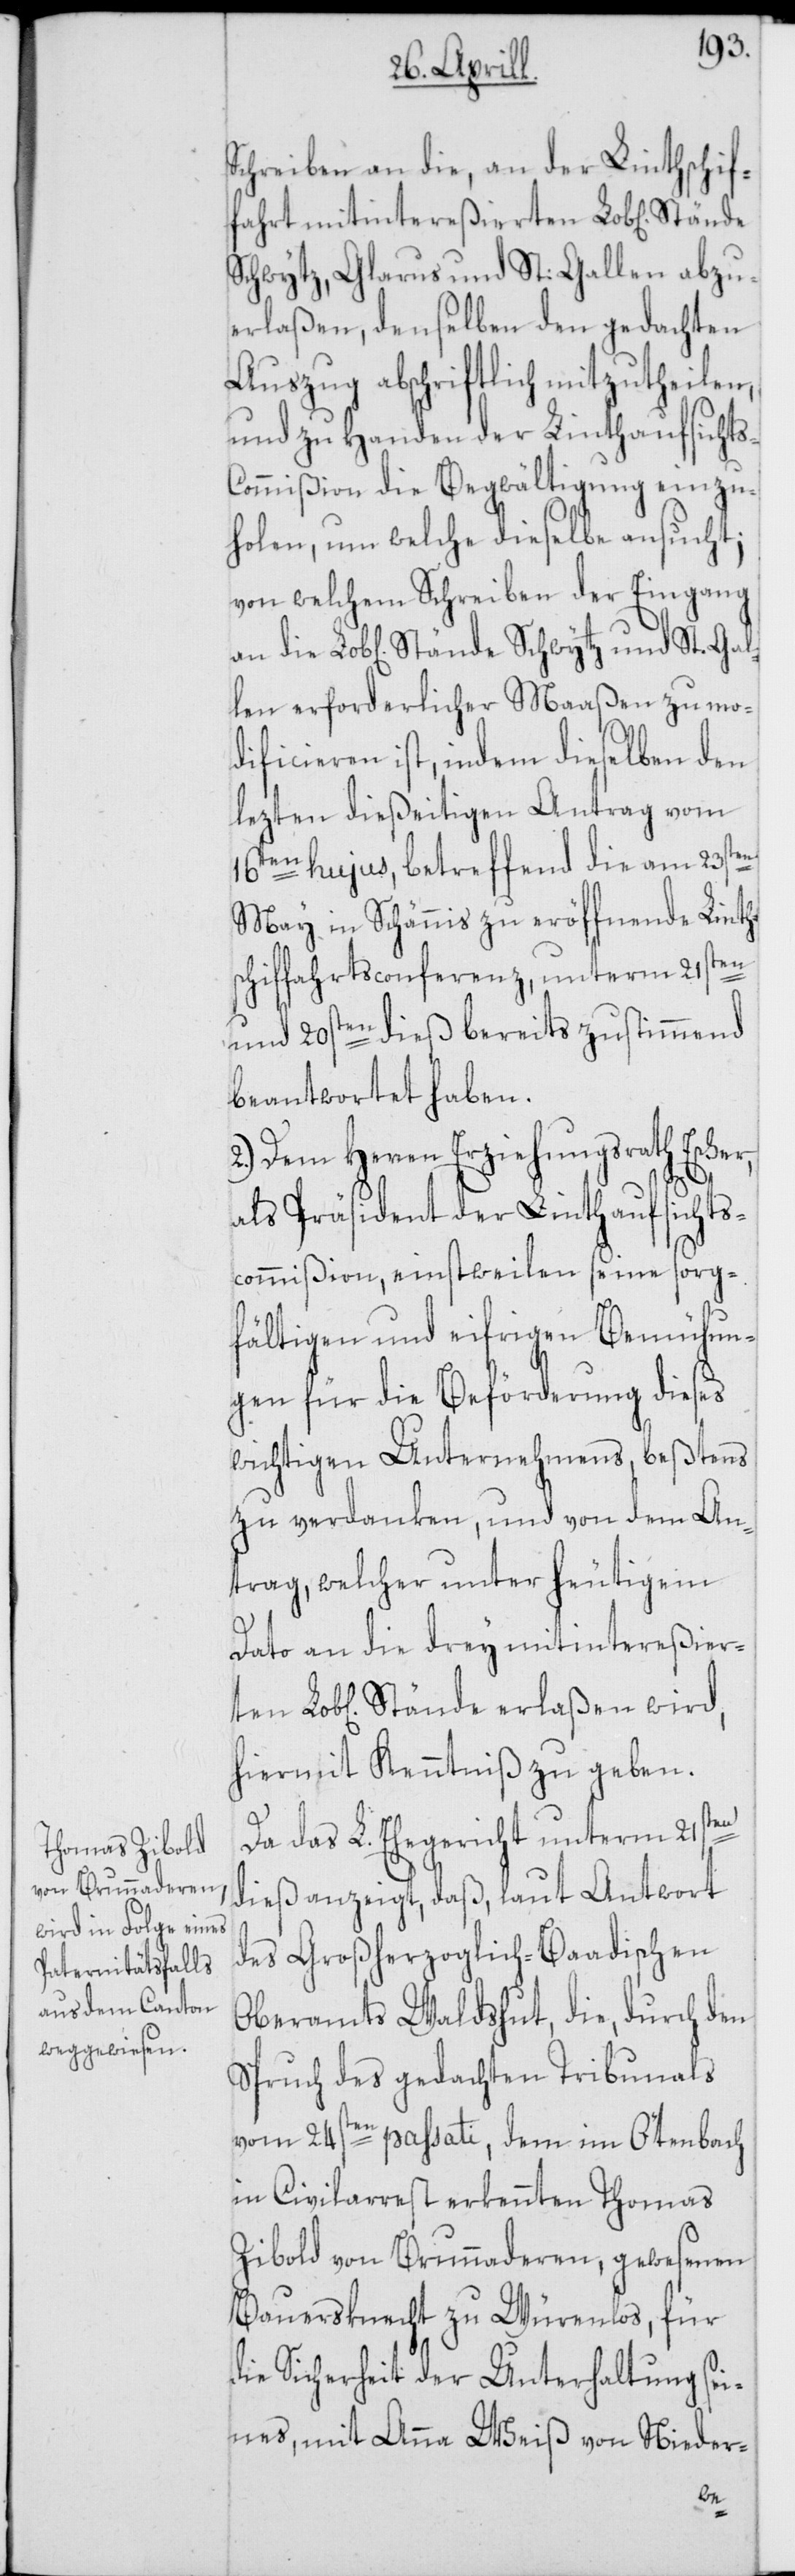
Schreiben an die, an der Linthschif¬
fahrt mitintereßierten Lob[lichen]
Schwytz, Glarus und St. Gallen abzu¬
erlaßen, denselben den gedachten
Auszug abschriftlich mitzutheilen,
und zu Handen der Linthaufsicht¬
ommißion die Begwältigung einzu¬
holen, um welche dieselbe ansucht;
von welchem Schreiben der Eingang
len erforderlicher Maaßen zu mo¬
dificieren ist, indem dieselben den
lezten dießeitigen Antrag vom
16ten hujus, betreffend die am 23sten
May in Schännis zu eröffnende Linth¬
schiffahrtsconferenz, unterm 21sten
und 20sten dieß bereits zustimmend
beantwortet haben.
2.) Dem Herren Erziehungsrath Escher,
als Präsident der Linthaufsichts¬
commißion, einstweilen seine sorg¬
fältigen und eifrigen Bemühun¬
gen für die Beförderung dieses
wichtigen Unternehmens, beßtens
zu verdanken, und von dem An¬
trag, welcher unter heutigem
Dato an die drey mitintereßier¬
hiermit Kenntniß zu geben.
ten
Da das L. Ehegericht unterm 21sten
dieß anzeigt, daß, laut Antwort
des Großherzoglich-Baadischen
Oberamts Waldshut, die, durch den
Spruch des gedachten Tribunals
vom 24sten passati, dem im Ötenbach
in Civilarrest erkennten Thomas
Zibold von Brunnaderen, gewesenen
Bauersknecht zu Würenlos, für
die Sicherheit der Unterhaltung sei¬
nes, mit Anna Weiß von Nieder-